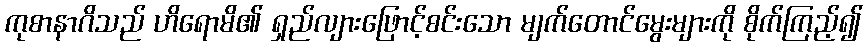
ကုစာနာဂိသည် ဟိရောမိ၏ ရှည်လျားဖြောင့်စင်းသော မျက်တောင်မွေးများကို စိုက်ကြည့်၍